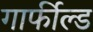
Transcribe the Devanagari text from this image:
गार्फील्ड